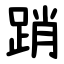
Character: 踃